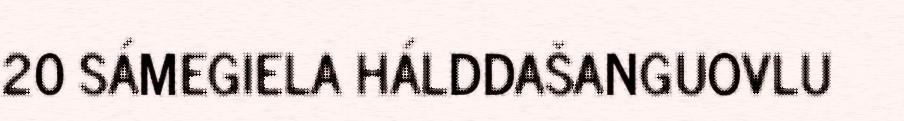
20 SÁMEGIELA HÁLDDAŠANGUOVLU